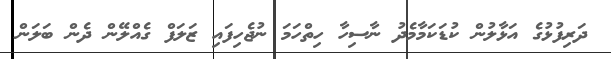
ދަރިފުޅުގެ އަޅާލުން ކުޑަކަމާމެދު ނާސިހާ ހިތްހަމަ ނުޖެހިފައި ޒަލަފް ގެއްލޭން ދެން ބަލަން